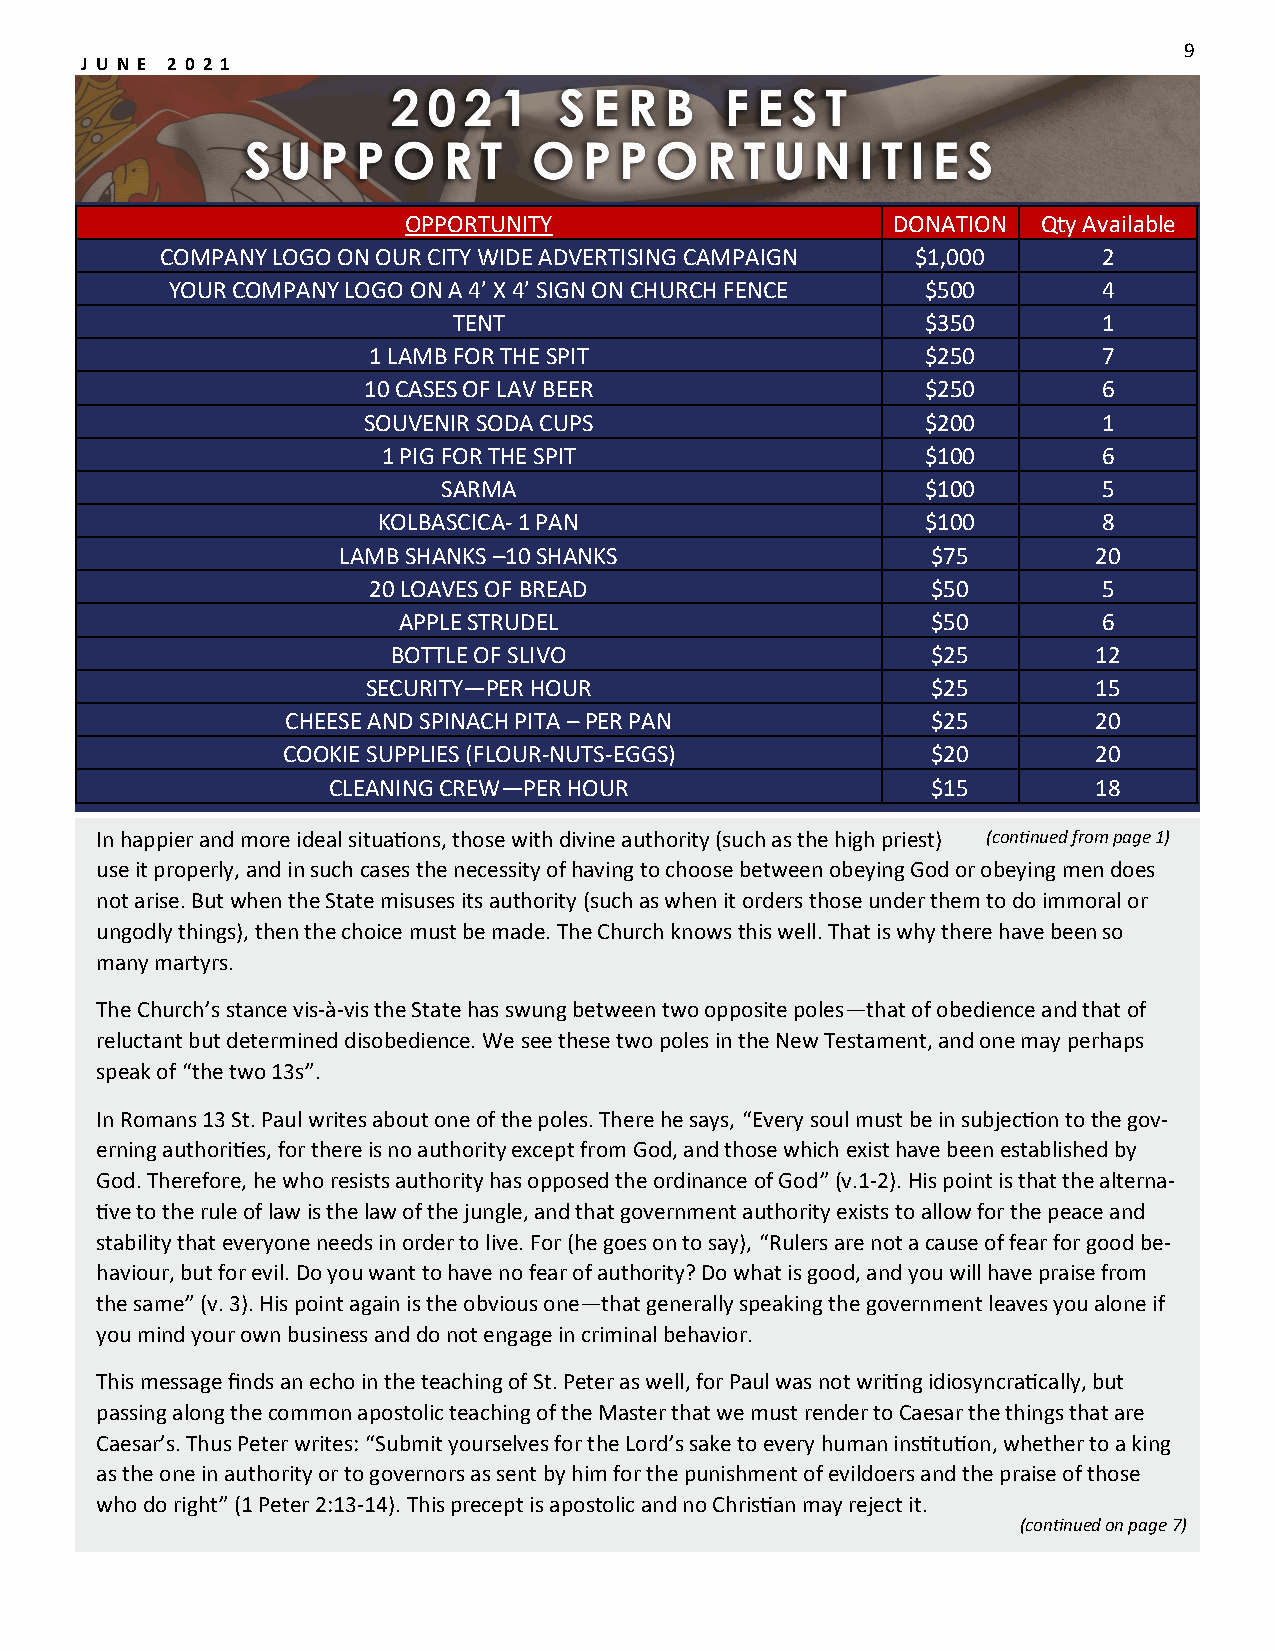
9
 J U N E 2 0 2 1
 OPPORTUNITY                     DONATION  Qty Available
 COMPANY LOGO ON OUR CITY WIDE ADVERTISING CAMPAIGN $1,000     2
 YOUR COMPANY LOGO ON A 4’ X 4’ SIGN ON CHURCH FENCE $500      4
 TENT                           $350        1
 1 LAMB FOR THE SPIT                  $250        7
 10 CASES OF LAV BEER                 $250        6
 SOUVENIR SODA CUPS                   $200        1
 1 PIG FOR THE SPIT                  $100        6
 SARMA                           $100        5
 KOLBASCICA- 1 PAN                   $100        8
 LAMB SHANKS –10 SHANKS                  $75        20
 20 LOAVES OF BREAD                    $50        5
 APPLE STRUDEL                       $50        6
 BOTTLE OF SLIVO                     $25        12
 SECURITY—PER HOUR                     $25        15
 CHEESE AND SPINACH PITA – PER PAN          $25        20
 COOKIE SUPPLIES (FLOUR-NUTS-EGGS)          $20        20
 CLEANING CREW—PER HOUR                  $15        18
 In happier and more ideal situations, those with divine authority (such as the high priest) (continued from page 1)
 use it properly, and in such cases the necessity of having to choose between obeying God or obeying men does
 not arise. But when the State misuses its authority (such as when it orders those under them to do immoral or
 ungodly things), then the choice must be made. The Church knows this well. That is why there have been so
 many martyrs.
 The Church’s stance vis-à-vis the State has swung between two opposite poles—that of obedience and that of
 reluctant but determined disobedience. We see these two poles in the New Testament, and one may perhaps
 speak of “the two 13s”.
 In Romans 13 St. Paul writes about one of the poles. There he says, “Every soul must be in subjection to the gov-
 erning authorities, for there is no authority except from God, and those which exist have been established by
 God. Therefore, he who resists authority has opposed the ordinance of God” (v.1-2). His point is that the alterna-
 tive to the rule of law is the law of the jungle, and that government authority exists to allow for the peace and
 stability that everyone needs in order to live. For (he goes on to say), “Rulers are not a cause of fear for good be-
 haviour, but for evil. Do you want to have no fear of authority? Do what is good, and you will have praise from
 the same” (v. 3). His point again is the obvious one—that generally speaking the government leaves you alone if
 you mind your own business and do not engage in criminal behavior.
 This message finds an echo in the teaching of St. Peter as well, for Paul was not writing idiosyncratically, but
 passing along the common apostolic teaching of the Master that we must render to Caesar the things that are
 Caesar’s. Thus Peter writes: “Submit yourselves for the Lord’s sake to every human institution, whether to a king
 as the one in authority or to governors as sent by him for the punishment of evildoers and the praise of those
 who do right” (1 Peter 2:13-14). This precept is apostolic and no Christian may reject it.
 (continued on page 7)